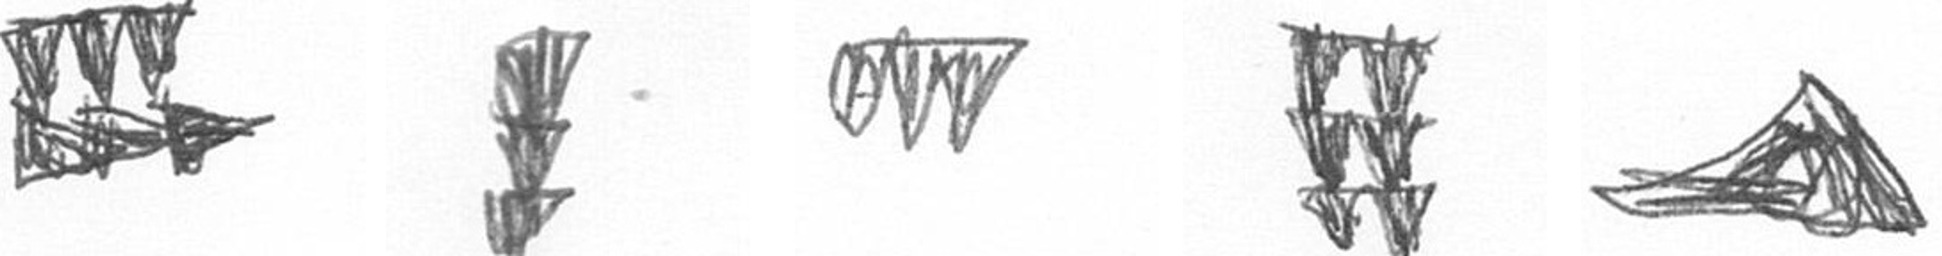
D E L Y O